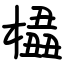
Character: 橻